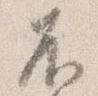
不